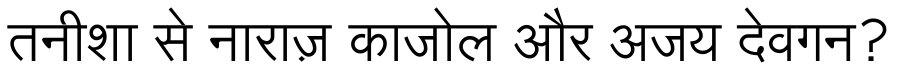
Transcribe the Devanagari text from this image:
तनीशा से नाराज़ काजोल और अजय देवगन?